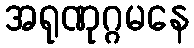
အရုဏုဂ္ဂမနေ